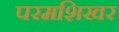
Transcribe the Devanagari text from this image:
परमशिखर